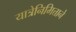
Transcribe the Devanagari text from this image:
यात्रेनिमित्ताने